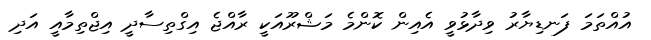
އުއްތަމަ ފަނޑިޔާރު ވިދާޅުވީ އެއިން ކޮންމެ މަޝްރޫއަކީ ރާއްޖެ އިގްތިސާދީ އިޖްތިމާއީ އަދި